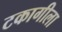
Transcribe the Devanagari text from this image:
टकागीला